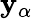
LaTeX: \mathbf{y}_{\alpha}